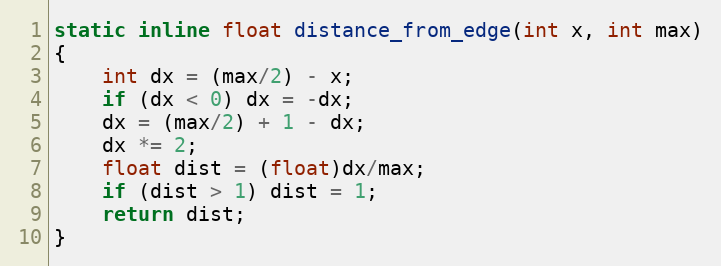
Language: C
static inline float distance_from_edge(int x, int max)
{
    int dx = (max/2) - x;
    if (dx < 0) dx = -dx;
    dx = (max/2) + 1 - dx;
    dx *= 2;
    float dist = (float)dx/max;
    if (dist > 1) dist = 1;
    return dist;
}